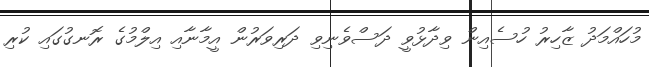
މުހައްމަދު ޒާހިރު ހުސެއިން ވިދާޅުވީ ދަސްވެނިވި ދަރިވަރުން އީމާނާއި އިލްމުގެ ރޮނގުގައި ކުރި